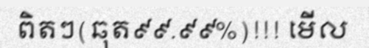
ពិតៗ(ឆុត៩៩.៩៩%)!!! មើល